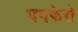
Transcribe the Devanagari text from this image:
पगफेरो